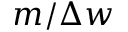
m / \Delta w